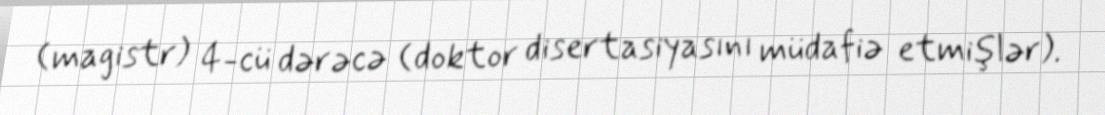
(magistr) 4-cü dərəcə (doktor disertasiyasını müdafiə etmişlər).